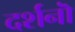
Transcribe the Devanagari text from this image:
दर्शनॊं